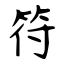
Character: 符